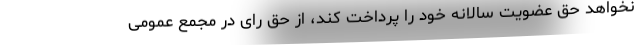
نخواهد حق عضویت سالانه خود را پرداخت کند، از حق رای در مجمع عمومی